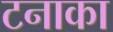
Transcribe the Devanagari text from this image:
टनाका